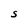
Character: S